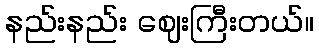
နည်းနည်း ဈေးကြီးတယ်။